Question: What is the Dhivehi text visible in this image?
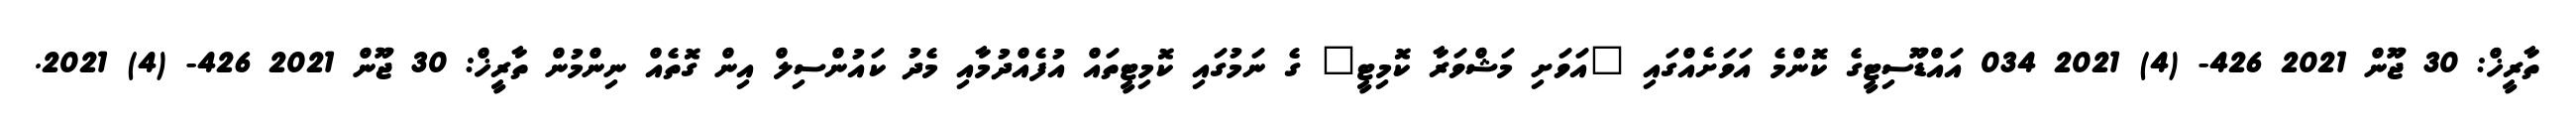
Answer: ތާރީޚް: 30 ޖޫން 2021 426- (4) 2021 034 އައްޑޫސިޓީގެ ކޮންމެ އަވަށެއްގައި "އަވަށި މަޝްވަރާ ކޮމިޓީ" ގެ ނަމުގައި ކޮމިޓީތައް އުފެއްދުމާއި މެދު ކައުންސިލް އިން ގޮތެއް ނިންމުން ތާރީޚް: 30 ޖޫން 2021 426- (4) 2021.